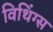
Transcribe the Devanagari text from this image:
विथिंग्स